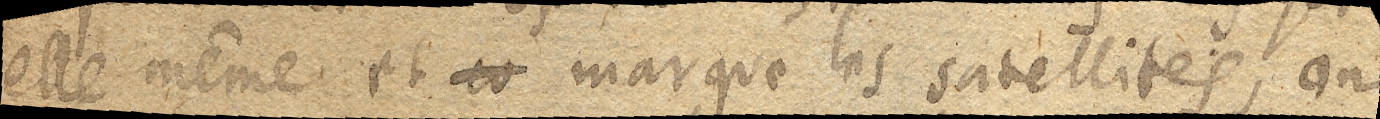
elle même et xx marque les satellites, on